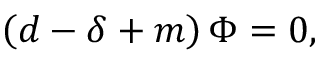
\left( d - \delta + m \right) \Phi = 0 ,